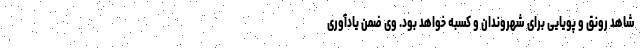
شاهد رونق و پویایی برای شهروندان و کسبه خواهد بود. وی ضمن یادآوری